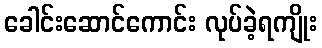
ခေါင်းဆောင်ကောင်း လုပ်ခဲ့ရကျိုး